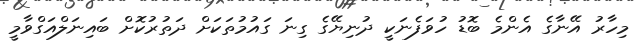
މިހާރު އޭނާގެ އެންމެ ބޮޑު ހުވަފެނަކީ ދުނިޔޭގެ ގިނަ ގައުމުތަކަށް ދަތުރުކޮށް ބައިނަލްއަގްވާމީ